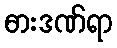
ဓားဒဏ်ရာ